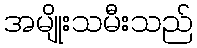
အမျိုးသမီးသည်